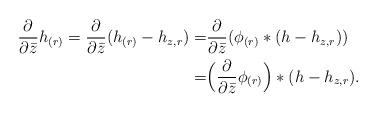
LaTeX: \begin{align*}\frac{\partial}{\partial\bar{z}}h_{(r)}=\frac{\partial}{\partial\bar{z}}(h_{(r)}-h_{z,r})=&\frac{\partial}{\partial\bar{z}}(\phi_{(r)}*(h-h_{z,r}))\\=&\Big(\frac{\partial}{\partial\bar{z}}\phi_{(r)}\Big)*(h-h_{z,r}).\end{align*}